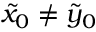
\tilde { x } _ { 0 } \neq \tilde { y } _ { 0 }